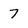
Character: 7